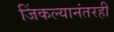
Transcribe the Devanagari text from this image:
जिंकल्यानंतरही